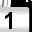
Digit: 1